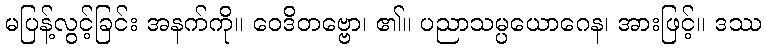
မပြန့်လွင့်ခြင်း အနက်ကို။ ဝေဒိတဗ္ဗော၊ ၏။ ပညာသမ္ပယောဂေန၊ အားဖြင့်။ ဒဿ